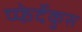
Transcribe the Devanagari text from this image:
प्फेर्देकुस